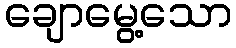
ချောမွေ့သော